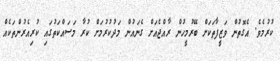
ކުރުމެވެ. އެގޮތުން ވަޒީފާތަކަށް ބޭރުމީހުން ރާއްޖެއަށް ގެނައުން މަދުކުރުމަށް ކުރާ މަސައްކަތުގައި ކުރިއެރުންތަކެެއް